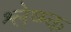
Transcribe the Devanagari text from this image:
श्लेष्म्क